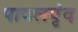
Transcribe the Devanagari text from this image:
पायलवृंद